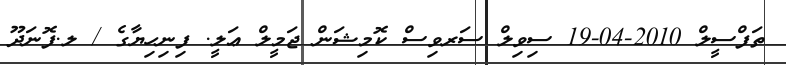
ތަފްސީލް 2010-04-19 ސިވިލް ސަރވިސް ކޮމިޝަން ޖަމީލް ޢަލީ. ފިނިހިޔާގެ / ލ.ފޮނަދޫ